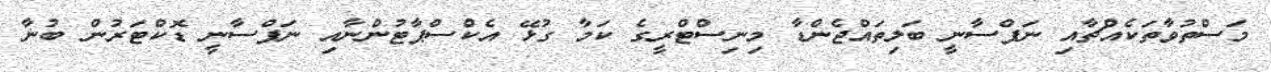
މަސްތުވާތަކެެއްޗާއި ނަފްސާނީ ބަލިތައްޖެންޑާ މިނިސްޓްރީގެ ކަމާ ގުޅޭ އެކްސްޕާޓުންނާއި ނަފްސާނީ ޑޮކްޓަރުން ބުނާ